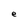
Character: e